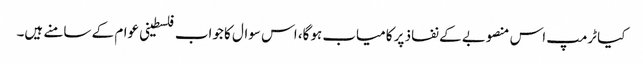
کیا ٹرمپ اس منصوبے کے نفاذ پر کامیاب ہوگا، اس سوال کا جواب فلسطینی عوام کے سامنے ہیں۔